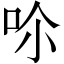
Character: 𠰒